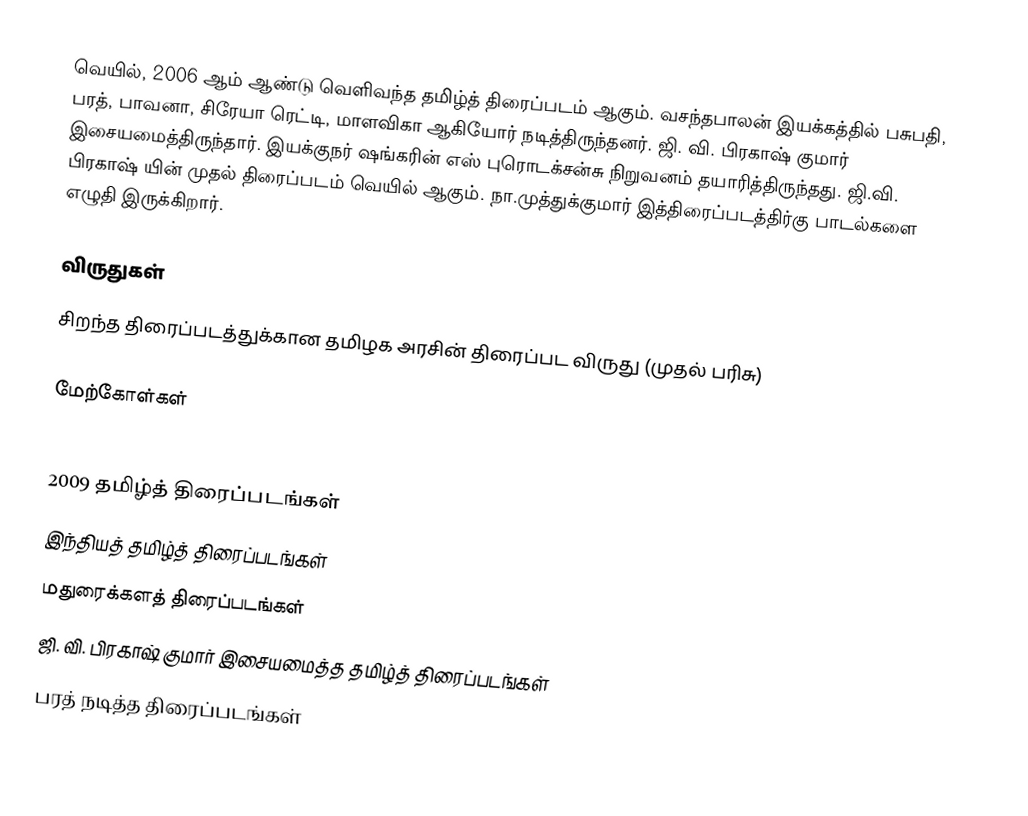
வெயில், 2006 ஆம் ஆண்டு வெளிவந்த தமிழ்த் திரைப்படம் ஆகும். வசந்தபாலன் இயக்கத்தில் பசுபதி, பரத், பாவனா, சிரேயா ரெட்டி, மாளவிகா ஆகியோர் நடித்திருந்தனர். ஜி. வி. பிரகாஷ் குமார் இசையமைத்திருந்தார். இயக்குநர் ஷங்கரின் எஸ் புரொடக்சன்சு நிறுவனம் தயாரித்திருந்தது. ஜி.வி. பிரகாஷ் யின் முதல் திரைப்படம் வெயில் ஆகும். நா.முத்துக்குமார் இத்திரைப்படத்திர்கு பாடல்களை எழுதி இருக்கிறார்.

விருதுகள்
 சிறந்த திரைப்படத்துக்கான தமிழக அரசின் திரைப்பட விருது (முதல் பரிசு)

மேற்கோள்கள்

2009 தமிழ்த் திரைப்படங்கள்
இந்தியத் தமிழ்த் திரைப்படங்கள்
மதுரைக்களத் திரைப்படங்கள்
ஜி. வி. பிரகாஷ் குமார் இசையமைத்த தமிழ்த் திரைப்படங்கள்
பரத் நடித்த திரைப்படங்கள்